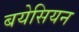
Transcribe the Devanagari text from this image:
बयेसियन